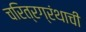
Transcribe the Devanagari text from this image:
चरित्रग्रंथाची